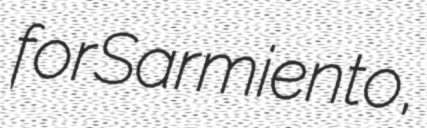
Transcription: for Sarmiento,